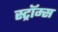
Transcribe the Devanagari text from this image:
स्ट्रॉम्स